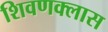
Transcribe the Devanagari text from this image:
शिवणक्लास